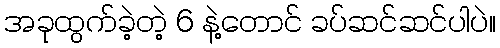
အခုထွက်ခဲ့တဲ့ 6 နဲ့တောင် ခပ်ဆင်ဆင်ပါပဲ။